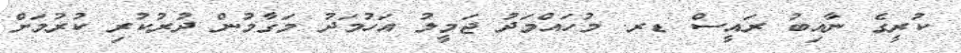
ކުރީގެ ނާއިބު ރައީސް ޑރ. މުހައްމަދު ޖަމީލު އަހުމަދު މަގާމުން ދުރުކުރި ކުރުމަށް